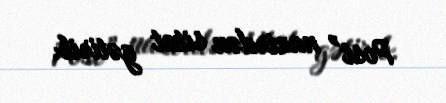
Post” nazirdən sitat gətirib.